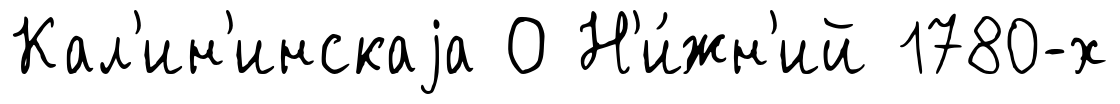
Кал'ин'инскаjа О Н'и́жн'ий 1780-х